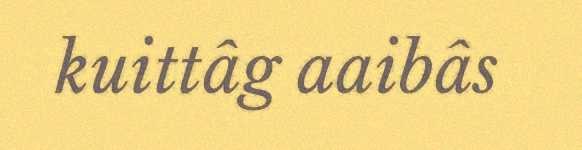
kuittâg aaibâs